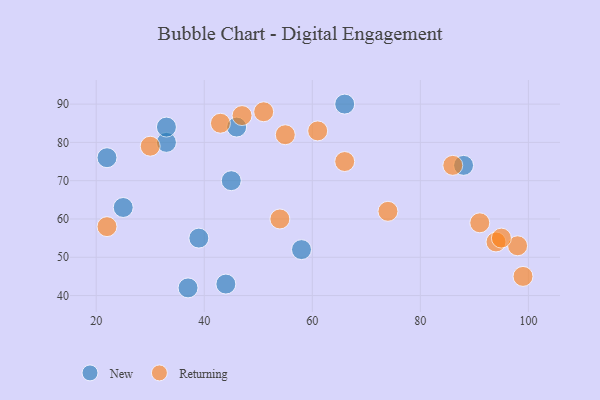
{"axis": {"x": "GDP", "y": "Life Expectancy"}, "legend": ["New", "Returning"], "data": [{"x": "22", "y": 76, "type": "New"}, {"x": "45", "y": 70, "type": "New"}, {"x": "39", "y": 55, "type": "New"}, {"x": "37", "y": 42, "type": "New"}, {"x": "46", "y": 84, "type": "New"}, {"x": "33", "y": 80, "type": "New"}, {"x": "88", "y": 74, "type": "New"}, {"x": "25", "y": 63, "type": "New"}, {"x": "33", "y": 84, "type": "New"}, {"x": "44", "y": 43, "type": "New"}, {"x": "58", "y": 52, "type": "New"}, {"x": "66", "y": 90, "type": "New"}, {"x": "91", "y": 59, "type": "Returning"}, {"x": "98", "y": 53, "type": "Returning"}, {"x": "74", "y": 62, "type": "Returning"}, {"x": "86", "y": 74, "type": "Returning"}, {"x": "51", "y": 88, "type": "Returning"}, {"x": "54", "y": 60, "type": "Returning"}, {"x": "30", "y": 79, "type": "Returning"}, {"x": "94", "y": 54, "type": "Returning"}, {"x": "55", "y": 82, "type": "Returning"}, {"x": "43", "y": 85, "type": "Returning"}, {"x": "95", "y": 55, "type": "Returning"}, {"x": "22", "y": 58, "type": "Returning"}, {"x": "61", "y": 83, "type": "Returning"}, {"x": "99", "y": 45, "type": "Returning"}, {"x": "66", "y": 75, "type": "Returning"}, {"x": "47", "y": 87, "type": "Returning"}]}